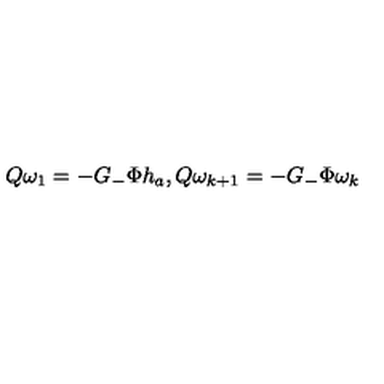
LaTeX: Q \omega _ { 1 } = - G _ { - } \Phi h _ { a } , Q \omega _ { k + 1 } = - G _ { - } \Phi \omega _ { k }